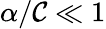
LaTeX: \alpha/\mathcal{C}\ll1